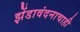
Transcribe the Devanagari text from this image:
झेंडावंदनाचाही